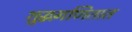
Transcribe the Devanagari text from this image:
शुद्धगणितात